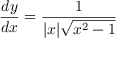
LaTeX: { \frac { d y } { d x } } = { \frac { 1 } { | x | { \sqrt { x ^ { 2 } - 1 } } } }